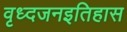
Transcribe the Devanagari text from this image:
वृध्दजनइतिहास